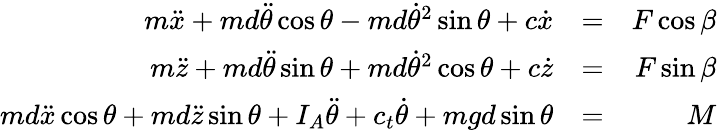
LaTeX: \begin{array}{rlr}{m\ddot{x}+md\ddot{\theta}\cos\theta-md\dot{\theta}^{2}\sin\theta+c\dot{x}}&{=}&{F\cos\beta}\\ {m\ddot{z}+md\ddot{\theta}\sin\theta+md\dot{\theta}^{2}\cos\theta+c\dot{z}}&{=}&{F\sin\beta}\\ {md\ddot{x}\cos\theta+md\ddot{z}\sin\theta+I_{A}\ddot{\theta}+c_{t}\dot{\theta}+mgd\sin\theta}&{=}&{M}\end{array}